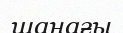
шанағы